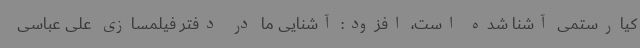
کیارستمی آشنا شده است، افزود: آشنایی ما در دفتر فیلمسازی علی عباسی